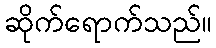
ဆိုက်ရောက်သည်။